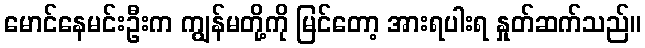
မောင်နေမင်းဦးက ကျွန်မတို့ကို မြင်တော့ အားရပါးရ နှုတ်ဆက်သည်။